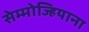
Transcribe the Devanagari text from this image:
सेम्मोज्हियाना